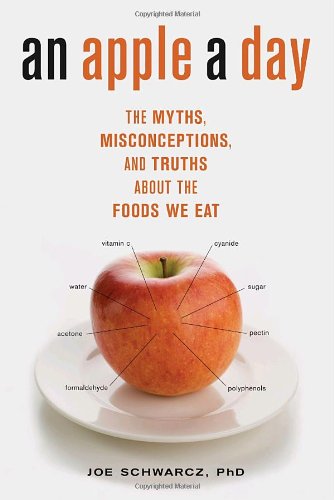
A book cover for An Apple A Day: The Myths, Misconceptions, and Truths About the Foods We Eat; Joe Schwarcz; Health, Fitness & Dieting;